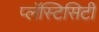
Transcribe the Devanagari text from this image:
प्लॅस्टिसिटी